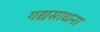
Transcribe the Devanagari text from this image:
गद्यसाधना